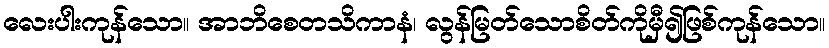
လေးပါးကုန်သော။ အာဘိစေတသိကာနံ၊ လွန်မြတ်သောစိတ်ကိုမှီ၍ဖြစ်ကုန်သော။